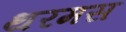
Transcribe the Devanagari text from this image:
थरमस